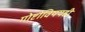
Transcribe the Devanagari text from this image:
गोष्टीविषयही